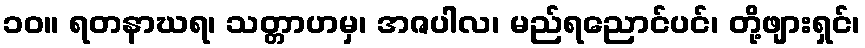
၁၀။ ရတနာဃရ၊ သတ္တာဟမှ၊ အဇပါလ၊ မည်ရညောင်ပင်၊ တို့ဖျားရှင်၊